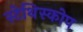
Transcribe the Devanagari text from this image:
स्टेथिस्कोप